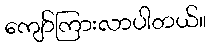
ကျော်ကြားလာပါတယ်။